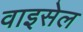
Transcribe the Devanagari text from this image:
वाइसेल